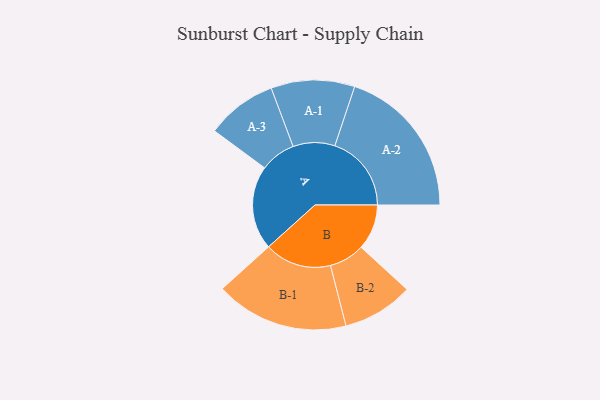
{"axis": {"x": "Segment", "y": "Value"}, "legend": ["", "A", "B"], "data": [{"x": "A", "y": 249, "type": ""}, {"x": "B", "y": 135, "type": ""}, {"x": "A-1", "y": 124, "type": "A"}, {"x": "A-2", "y": 227, "type": "A"}, {"x": "A-3", "y": 105, "type": "A"}, {"x": "B-1", "y": 198, "type": "B"}, {"x": "B-2", "y": 105, "type": "B"}]}